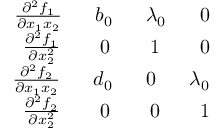
\begin{array} { r } { \frac { \partial ^ { 2 } f _ { 1 } } { \partial x _ { 1 } x _ { 2 } } \ \ \ \ \ b _ { 0 } \ \ \ \ \ \lambda _ { 0 } \ \ \ \ \ 0 } \\ { \frac { \partial ^ { 2 } f _ { 1 } } { \partial x _ { 2 } ^ { 2 } } \ \ \ \ \ \ 0 \ \ \ \ \ \ 1 \ \ \ \ \ \ 0 } \\ { \frac { \partial ^ { 2 } f _ { 2 } } { \partial x _ { 1 } x _ { 2 } } \ \ \ \ \ d _ { 0 } \ \ \ \ \ 0 \ \ \ \ \ \lambda _ { 0 } } \\ { \frac { \partial ^ { 2 } f _ { 2 } } { \partial x _ { 2 } ^ { 2 } } \ \ \ \ \ \ 0 \ \ \ \ \ \ 0 \ \ \ \ \ \ 1 } \end{array}